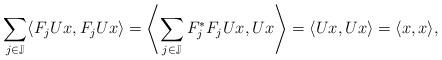
LaTeX: \begin{align*}\sum_{j\in \mathbb{J}}\langle F_jUx,F_jUx \rangle=\left\langle\sum_{j\in \mathbb{J}}F_j^*F_j Ux , Ux\right\rangle =\langle Ux,Ux \rangle=\langle x,x \rangle, \end{align*}